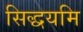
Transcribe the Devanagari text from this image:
सिद्धयमि